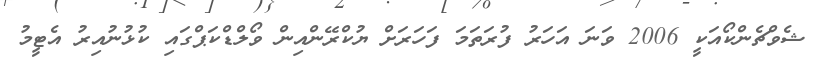
ޝެވްޗެންކޯއަކީ 2006 ވަނަ އަހަރު ފުރަތަމަ ފަހަރަށް ޔުކްރޭންއިން ވޯލްޑްކަޕްގައި ކުޅުނުއިރު އެޓީމު